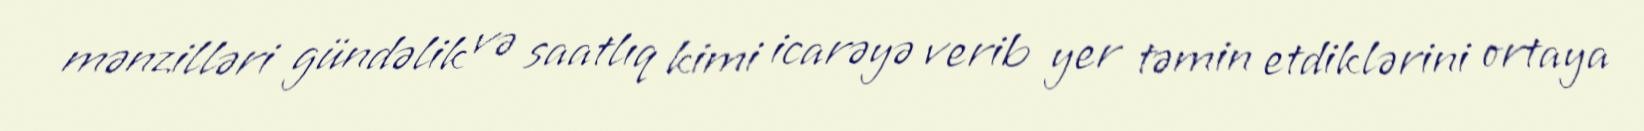
mənzilləri gündəlik və saatlıq kimi icarəyə verib yer təmin etdiklərini ortaya